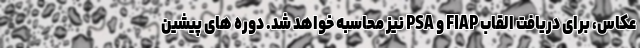
عکاس، برای دریافت القاب FIAP و PSA نیز محاسبه خواهد شد. دوره های پیشین